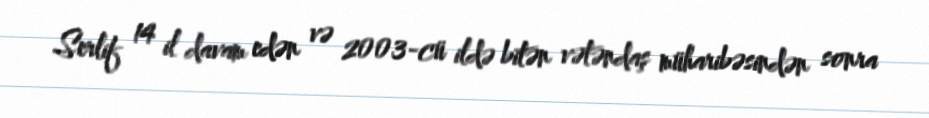
Serlif 14 il davam edən və 2003-cü ildə bitən vətəndaş müharibəsindən sonra